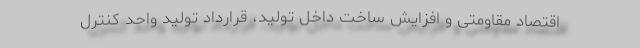
اقتصاد مقاومتی و افزایش ساخت داخل تولید، قرارداد تولید واحد کنترل